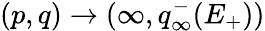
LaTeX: (p,q)\to(\infty,q_{\infty}^{-}(E_{+}))